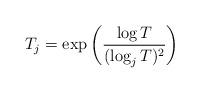
LaTeX: \begin{align*}T_j = \exp\left(\frac{\log T}{(\log_j T)^2} \right)\end{align*}